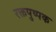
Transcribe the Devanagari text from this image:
रक्तपुष्पक